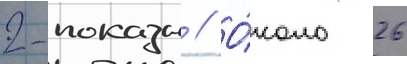
2-показы // О́коло 26